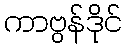
ကာဗွန်ဒိုင်